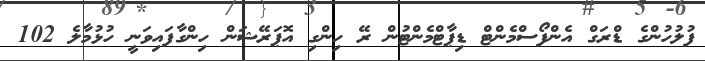
ފުލުހުންގެ ޑްރަގް އެންފޯސްމެންޓް ޑިޕާޓްމެންޓުން ރޭ ހިންގި އޮޕަރޭޝަން ހިންގާފައިވަނީ ހުޅުމާލެ 102